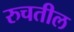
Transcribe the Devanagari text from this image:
रुचतील